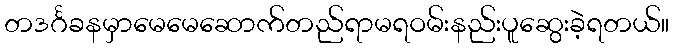
တဒင်္ဂခနမှာမေမေဆောက်တည်ရာမရဝမ်းနည်းပူဆွေးခဲ့ရတယ်။